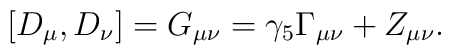
[D_\mu,D_\nu] = G_{\mu\nu} = \gamma_5\Gamma_{\mu\nu} + Z_{\mu\nu}.